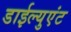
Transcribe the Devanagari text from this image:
डाईल्युएंट